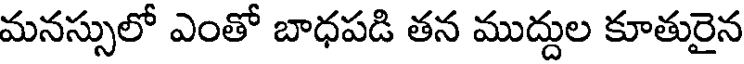
మనస్సులో ఎంతో బాధపడి తన ముద్దుల కూతురైన